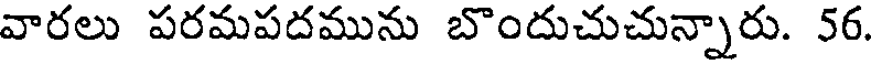
వారలు పరమపదమును బొందుచుచున్నారు. 56.